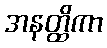
အနတ္ထိကာ